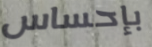
بإحساس